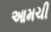
આમચી